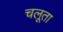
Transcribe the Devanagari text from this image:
चलूता